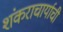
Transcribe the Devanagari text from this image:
शंकराचार्याची